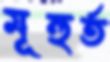
মূহুর্ত